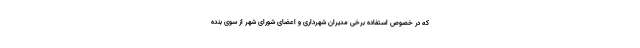
که در خصوص استفاده برخی مدیران شهرداری و اعضای شورای شهر از سوی بنده